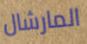
المارشال